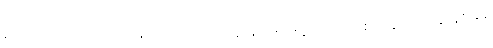
ရုပ်အကြောင်း ပြောတုန်းကလည်း အတူတူပဲ၊ ရုပ်ရဲ့ အင်အားစုတွေက ၈-ခု၊ ရှစ်ခုနဲ့